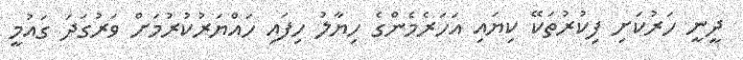
ދީނީ ހަރުކަށި ފިކުރުތަކޭ ކިޔައި އަހަރެމެންގެ ހިޔާލު ހިފައި ހައްޔަރުކުރުމަށް ވަރުގަދަ ގައުމީ